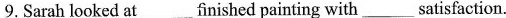
9. Sarah looked at___finished painting with___satisfaction.